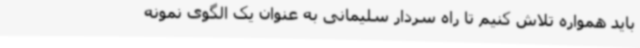
باید همواره تلاش کنیم تا راه سردار سلیمانی به عنوان یک الگوی نمونه